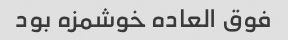
فوق العاده خوشمزه بود